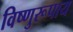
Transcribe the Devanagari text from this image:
विष्णुरूपाय